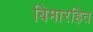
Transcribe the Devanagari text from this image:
बिमारहित